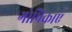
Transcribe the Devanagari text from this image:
गोपिकाएं